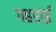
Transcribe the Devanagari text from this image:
गहरार्इ